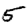
Digit: 5